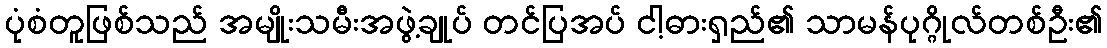
ပုံစံတူဖြစ်သည် အမျိုးသမီးအဖွဲ့ချုပ် တင်ပြအပ် ငါ့ဓားရှည်၏ သာမန်ပုဂ္ဂိုလ်တစ်ဦး၏